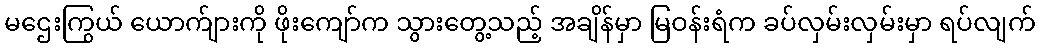
မဌေးကြွယ် ယောက်ျားကို ဖိုးကျော်က သွားတွေ့သည့် အချိန်မှာ မြဝန်းရံက ခပ်လှမ်းလှမ်းမှာ ရပ်လျက်